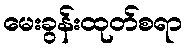
မေးခွန်းထုတ်စရာ